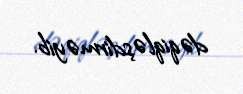
dəqiqləşdirməyib.